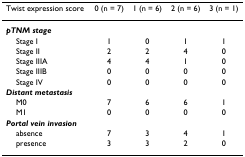
| Twist expression score | 0 (n = 7) | 1 (n = 6) | 2 (n = 6) | 3 (n = 1) |
 | --- | --- | --- | --- | --- |
 | pTNM stage |  |  |  |  |
 | Stage I | 1 | 0 | 1 | 1 |
 | Stage II | 2 | 2 | 4 | 0 |
 | Stage IIIA | 4 | 4 | 1 | 0 |
 | Stage IIIB | 0 | 0 | 0 | 0 |
 | Stage IV | 0 | 0 | 0 | 0 |
 | Distant metastasis |  |  |  |  |
 | M0 | 7 | 6 | 6 | 1 |
 | M1 | 0 | 0 | 0 | 0 |
 | Portal vein invasion |  |  |  |  |
 | absence | 7 | 3 | 4 | 1 |
 | presence | 3 | 3 | 2 | 0 |